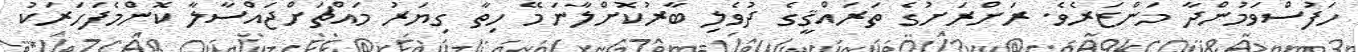
ހަފުސްވަމުންދާ މަންޒަރެވެ. ރަށްރަށުގެ ތަރައްޤީގެ ދުވެލި ބާރުކޮށްލާނަމޭ ހިތާ ގިޔަރު މައްޗަށްޖައްސާލާ ކޮންމެފަހަރަކު